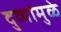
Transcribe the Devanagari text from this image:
दुव्यांमुळे